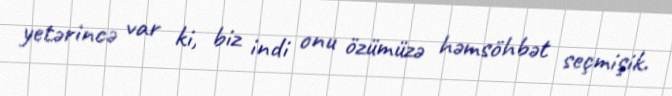
yetərincə var ki, biz indi onu özümüzə həmsöhbət seçmişik.